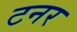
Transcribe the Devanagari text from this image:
टनर